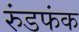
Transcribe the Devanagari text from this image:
रुंडफंक